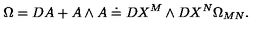
\Omega = D A + A \wedge A \doteq D X ^ { M } \wedge D X ^ { N } \Omega _ { M N } .